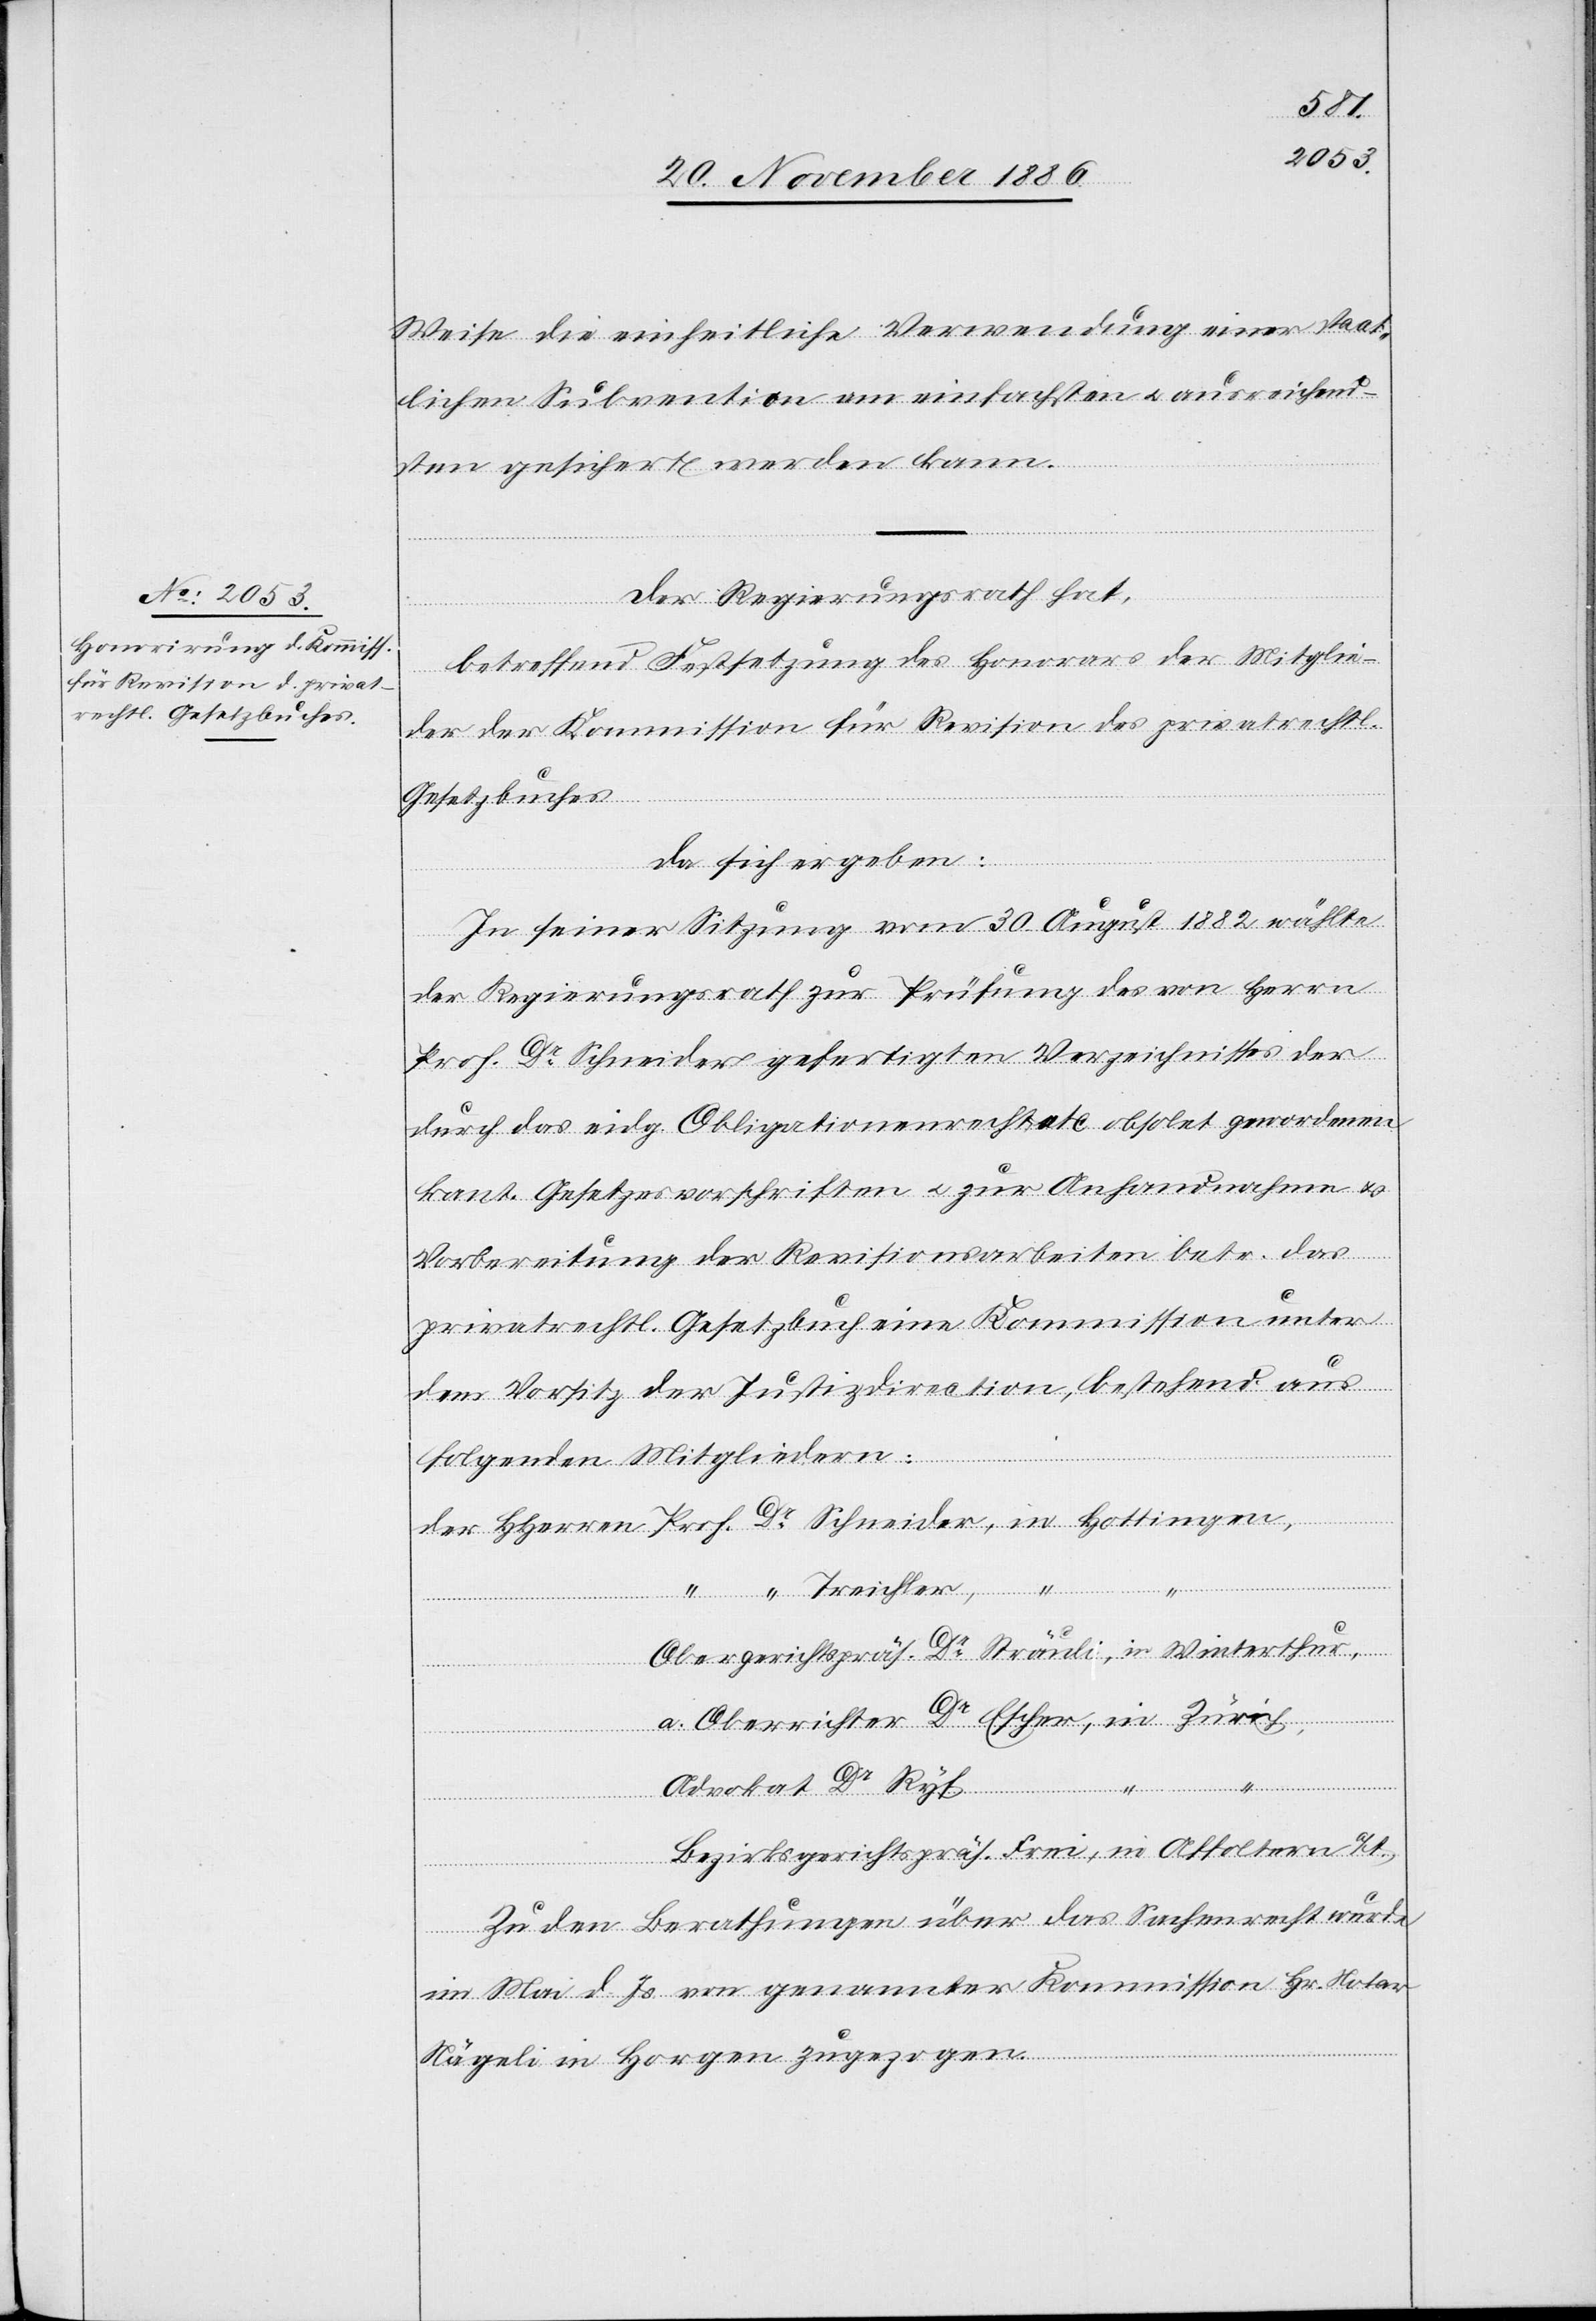
Weise die einheitliche Verwendung einer staat¬
lichen Subvention am einfachsten & ausreichend¬
sten gesichert werden kann.
Treichler,
Der Regierungsrath hat,
betreffend Festsetzung des Honorars der Mitglie¬
der der Kommission für Revision des privatrechtl.
Gesetzbuches
da sich ergeben:
In seiner Sitzung vom 30. August 1882 wählte
der Regierungsrath zur Prüfung des von Herrn
Prof. Dr Schneider gefertigten Verzeichnisses der
durch das eidg. Obligationenrecht etc. obsolet gewordenen
kant. Gesetzesvorschriften & zur Anhandnahme &
Vorbereitung der Revisionsarbeiten betr. das
privatrechtl. Gesetzbuch eine Kommission unter
dem Vorsitz der Justizdirection, bestehend aus
folgenden Mitgliedern:
Obergerichtspräs. Dr Sträuli, in Winterthur,
a. Oberrichter Dr Escher, in Zürich,
in
Advokat Dr Ryf
Bezirksgerichtspräs. Frei, in Affoltern a/A.
Zu den Berathungen über das Sachenrecht wurde
Hottingen,
im Mai d. Js. von genannter Kommission Hr. Notar
Nägeli in Horgen zugezogen.